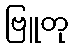
ဗြူတု